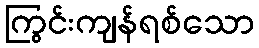
ကြွင်းကျန်ရစ်သော